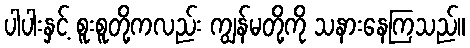
ပါပါးနှင့် စူးစူတို့ကလည်း ကျွန်မတို့ကို သနားနေကြသည်။